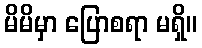
မိမိမှာ ပြောစရာ မရှိ။